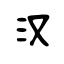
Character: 汉